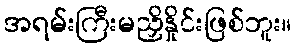
အရမ်းကြီးမညှိနှိုင်းဖြစ်ဘူး။